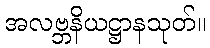
အလဗ္ဘနိယဋ္ဌာနသုတ်။